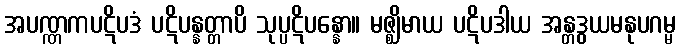
အပဏ္ဏကပဋိပဒံ ပဋိပန္နတ္တာပိ သုပ္ပဋိပန္နော။ မဇ္ဈိမာယ ပဋိပဒါယ အန္တဒွယမနုပဂမ္မ